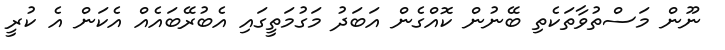
ނޫން މަސްތުވާތަކެތި ބޭނުން ކޮއްގެން އަބަދު މަގުމަތީގައި އެބުރޭބައެއް އެކަން އެ ކުރީ